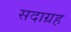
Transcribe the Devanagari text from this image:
सदाग्रह